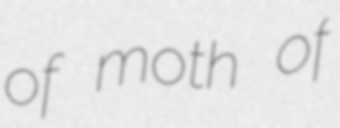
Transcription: of moth of